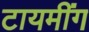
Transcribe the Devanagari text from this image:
टायमींग